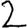
Digit: 2